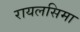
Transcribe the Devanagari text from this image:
रायलसिमा